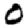
Digit: 0